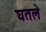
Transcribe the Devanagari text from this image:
घतले